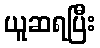
ယူဆရပြီး